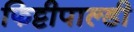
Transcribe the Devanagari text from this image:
फिट्टीपाल्डी